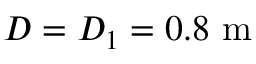
D = D _ { 1 } = 0 . 8 \mathrm { ~ m }